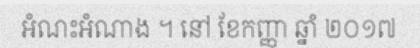
អំណះអំណាង ។ នៅ ខែកញ្ញា ឆ្នាំ ២០១៧